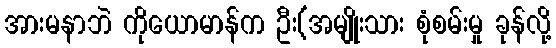
အားမနာဘဲ ကိုယောမာန်က ဦး(အမျိုးသား စုံစမ်းမှု ခုန်လို့